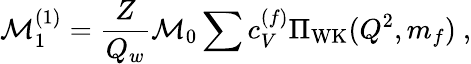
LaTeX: \mathcal{M}_{1}^{(1)}=\frac{Z}{Q_{w}}\mathcal{M}_{0}\sum c_{V}^{(f)}\Pi_{\mathrm{WK}}(Q^{2},m_{f})~,